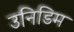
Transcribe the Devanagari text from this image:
उनिडिम